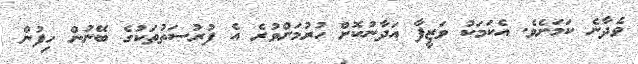
ވެދާނެ ކަމަށެވެ. އެކަމަކު ވަޒީފާ އަދާނުކޮށް ހުރުމަށްވުރެ އެ ފުރުސަތުތަކުގެ ބޭނުން ހިފުން